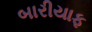
બારીયાફ